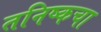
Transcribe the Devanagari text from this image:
तनिष्कचा